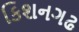
કિશનગઢ